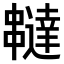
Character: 𠁺